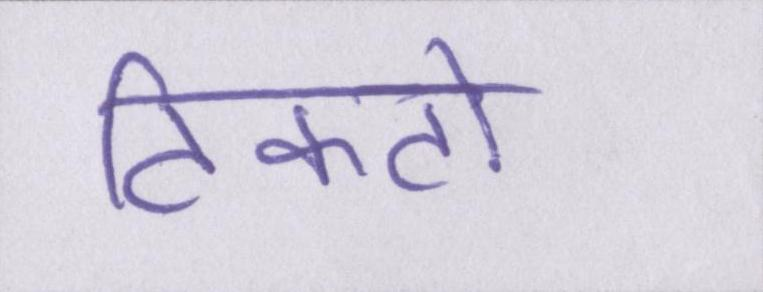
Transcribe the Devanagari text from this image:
टिकटों